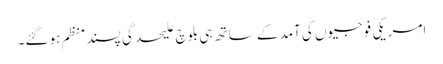
امریکی فوجیوں کی آمد کے ساتھ ہی بلوچ علیحدگی پسند منظم ہوگئے۔